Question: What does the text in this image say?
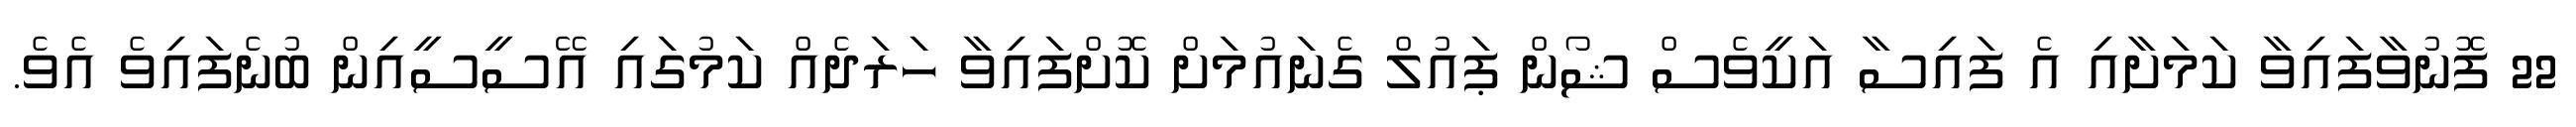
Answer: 22 ފޮނުވާފައިވާ ކަމަށާއި އެ ފައިސާ އަކީވެސް ޝޯން ޕައުލް ގެނައުމަށް ކޮށްފައިވާ ހަރަދެއް ކަމުގައި އޭސީސީއިން ބުނެފައިވެ އެވެ.